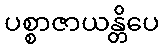
ပစ္စာဇာယန္တိပေ